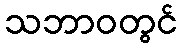
သဘာဝတွင်